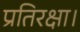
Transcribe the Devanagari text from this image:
प्रतिरक्षा।